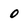
Character: 0